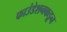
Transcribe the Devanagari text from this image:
फाउंडेशनकडून